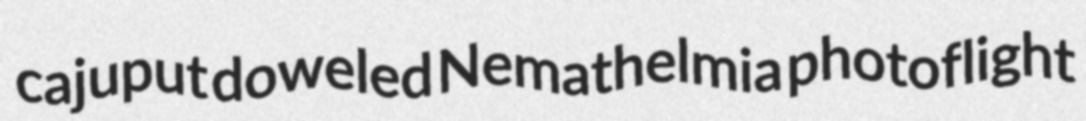
cajuput doweled Nemathelmia photoflight